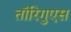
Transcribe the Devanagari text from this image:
तॉरिगुएस